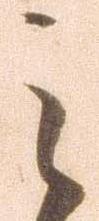
之